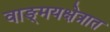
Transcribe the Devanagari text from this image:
वाङ्‌मयक्षेत्रात